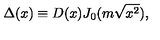
\Delta ( x ) \equiv D ( x ) J _ { 0 } ( m \sqrt { x ^ { 2 } } ) ,